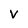
Character: v